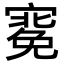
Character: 𭔑